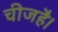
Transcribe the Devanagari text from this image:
चीजहै।